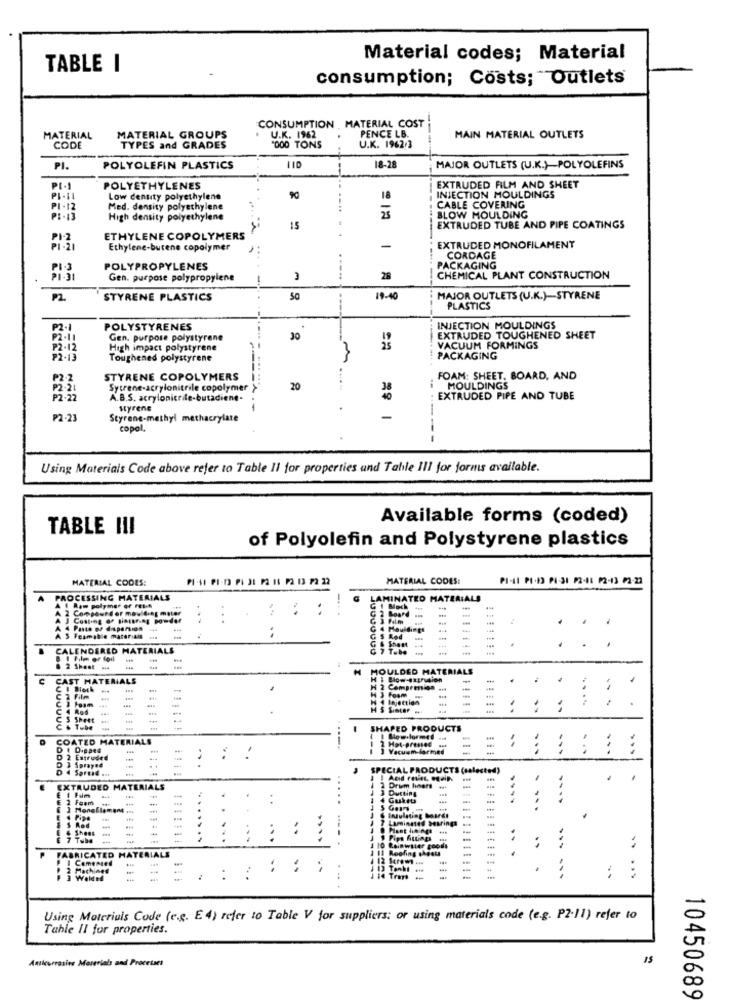
Material codes; Material
TABLE I
consumption; Costs; Outlets
CONSUMPTION MATERIAL COST
PENCE LB.
MATERIAL
MATERIAL GROUPS
U.K. 1962
MAIN MATERIAL OUTLETS
CODE
TYPES and GRADES
'000 TONS
U.K. 1962.3
18-28
PI.
POLYOLEFIN PLASTICS
MAJOR OUTLETS (U.K.) POLYOLEFINS
POLYETHYLENES
EXTRUDED FILM AND SHEET
PI-IL
Low density polyethylene
90
18
INJECTION MOULDINGS
PI-12
Med. density polyethylene
25
CABLE COVERING
High density polyethylene
BLOW MOULDING
15
EXTRUDED TUBE AND PIPE COATINGS
PI-2
ETHYLENE COPOLYMERS
Ethylene-burene copolymer
-
EXTRUDED MONOFILAMENT
CORDAGE
PI-J
POLYPROPYLENES
PACKAGING
Gen. purpose polypropylene
28
CHEMICAL PLANT CONSTRUCTION
PZ
STYRENE PLASTICS
50
19-40
MAJOR OUTLETS (U.K.)-STYRENE
PLASTICS
P2.1
POLYSTYRENES
INJECTION MOULDINGS
P2.11
Gen. purpose polystyrene
30
EXTRUDED TOUGHENED SHEET
P2-12
High impact polystyrene
VACUUM FORMINGS
P2-13
Toughened polystyrene
PACKAGING
P2.2
STYRENE COPOLYMERS
FOAM: SHEET, BOARD, AND
P2.21
Sytrene-acrylonitrile copolymer
20
i MOULDINGS
P2 - 22
A.B.S. acrylonicrile-butadiene-
38
EXTRUDED PIPE AND TUBE
Styrene
₱2-23
Styrene-methyl methacrylate
-
copol,
Using Materials Code above refer to Table Il for properties and Tatile III for forms available.
Available forms (coded)
TABLE III
of Polyolefin and Polystyrene plastics
MATERIAL CODES:
MATERIAL CODES:
PI-LI PI-I PI-JI 22-4: 12-43 P2-22
PROCESSING MATERIALS
AMINATED MATERIALS
A f Ram polymer of resh
2 Compound er moulding mater
-...
Moch
A J Costing of sistaring powder
. .
-
A 4 Pasta or dispersion .
444
A 5 Feamable materials ...
..
.
CALENDERED MATERIALS
& I Film or foil
2 Shest ***
MOULDED MATERIALS
CAST MATERIALS
HI BIow -4xLion
. .
.
H 2 Compresos
..
₩ 3 Foam ...
H 4 Injection
HS Sincer
2& tube
SHAPED PRODUCTS
COATED MATERIALS
DI Dipped
3 Vacuum larmed
-
..
...
...
D 2 Estrudes
..
3 Sprayed
SPECIAL PRODUCTS (salested)
E I Film
EXTRUDED MATERIALS
Drum hoort
.
:
.....
-...
.
...
J & Insulating boards
1 7 Laminated Desrings
-
.
Pant he ings
...
...
...
.-- .
1 10 Rainwater goods
Fips Attings
FABRICATED MATERIALS
1 11 Roofing sheets
-
. .
Camented
-
..
.
.. ...
.: :
1 14 Trant
... ...
-.
Using Materials Code (e.g. E4) refer to Table V for suppliers: or using materials code (e.g. P2.11) refer to
Tahle II for properties.
Anticorrosive Materials and Processes
IS
10450689